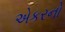
એકરનો